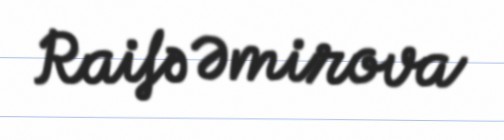
Raifə Əmirova